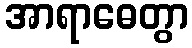
အာရာဓေတွာ